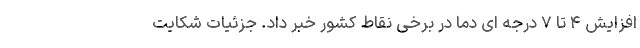
افزایش ۴ تا ۷ درجه ای دما در برخی نقاط کشور خبر داد. جزئیات شکایت